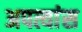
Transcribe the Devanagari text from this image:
अपत्यांस